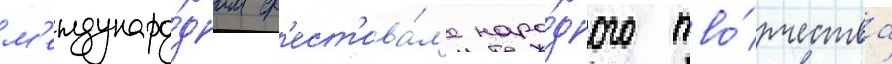
м'еждунаро́дном ф'ест'ива́л'е наро́дного тво́рчества